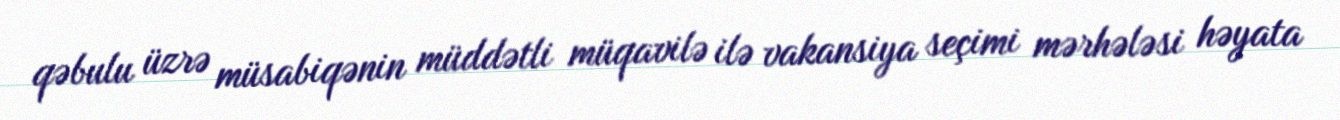
qəbulu üzrə müsabiqənin müddətli müqavilə ilə vakansiya seçimi mərhələsi həyata